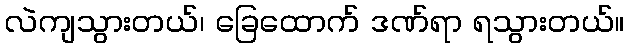
လဲကျသွားတယ်၊ ခြေထောက် ဒဏ်ရာ ရသွားတယ်။